Report on sanitation, dispensaries, and jails in Rajputana for 1919, and on vaccination for the year 1919-1920 - 1919-1920
Year: 1919
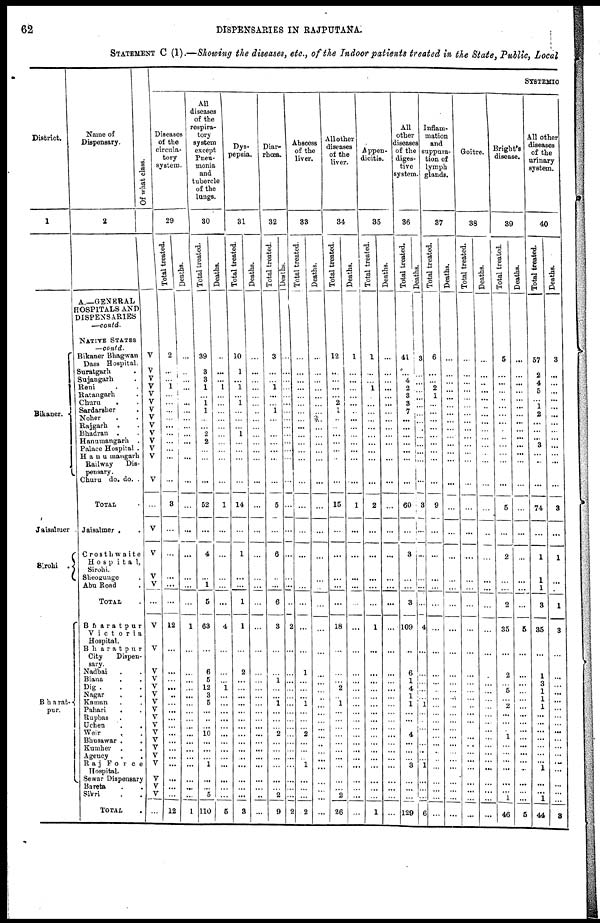
62
DISPENSARIES IN RAJPUTANA.
STATEMENT C (1).—Showing the diseases, etc., of the Indoor patients treated in the State, Public, Local
District.
1
Bikaner.
Jaisalmer
Sirohi .
Bharat¬
pur.
Name of
Dispensary.
2
A—GENERAL
HOSPITALS AND
DISPENSARIES
—contd.
NATIVE STATES
—contd.
Bikaner Bhagwan
Dass Hospital.
Suratgarh .
Sujangarh .
Reni . .
Ratangarh ...
Churu . .
Sardarsher .
Noher . .
Rajgarh . .
Bhadran . .
Hanumangarh .
Palace Hospital .
Hanumangarh
Railway
Dis-
pensary.
Churu do. do. .
TOTAL .
Jaisalmer .
Crosthwaite
Hospital,
Sirohi.
Sheogunge .
Abu Road .
TOTAL .
Bharatpur
Victoria
Hospital.
Bharatpur
City
Dispen-
sary.
Nadbai . .
Biana . .
Dig . .
Nagar . .
Kaman . .
Pahari
. .
Rupbas .
Uchen
.
.
Weir
.
Bhusawar .
Kuniher
Agency
Raj
Force
Hospital.
Sewar Dispensary
Bareta
Sikri . .
TOTAL .
Of what class.
V
V
V
V
V
V
V
V
V
V
V
V
V
V
...
V
V
V
V
...
V
V
V
V
V
V
V
V
V
V
V
V
V
V
V
V
V
V
...
SYSTEMIC
Diseases
of the
circula-
tory
system.
29
Total treated.
2
...
...
1
...
...
...
... ...
...
...
...
...
...
3
...
...
...
...
...
12
...
...
...
...
..
...
...
...
...
...
...
...
...
...
...
...
...
12
Deaths.
...
...
...
...
...
...
...
...
...
...
...
...
...
...
...
...
...
...
...
...
1
...
...
...
...
...
...
...
...
...
...
...
...
...
...
...
...
...
1
All
diseases
of the
respira-
tory
system
except
Pneu-
monia
and
tubercle
of the
lungs.
30
Total treated.
39
3
3
1
...
1
1
... ...
2
2
...
...
...
52
...
4
...
1
5
63
...
6
5
12
3
5
...
...
...
10
...
...
... 1
...
...
5
110
Deaths.
...
...
...
1
...
...
...
...
...
...
...
...
...
...
1
...
...
...
...
...
4
...
...
... 1
...
...
...
...
...
...
...
...
...
...
...
...
...
5
Dys-
pepsia.
31
Total treated.
10
1
...
1
...
1
...
...
...
1
...
...
...
...
14
...
1
...
...
1
1
...
2
...
...
...
...
...
...
...
...
...
...
...
...
...
...
...
3
Deaths.
...
...
...
...
...
...
..
...
...
...
...
...
...
...
...
...
...
...
...
...
...
...
...
...
...
...
...
...
...
...
...
...
...
...
...
...
...
...
Diar-
rhoea.
32
Total treated.
3
...
...
1
...
...
1
...
...
...
...
...
...
...
5
...
6
...
...
6
3
...
...
1
...
...
1
...
...
... 2
...
...
...
...
...
... 2
9
Deaths.
...
...
...
...
...
...
...
...
...
...
...
...
...
...
...
...
...
...
...
...
2
...
...
...
...
...
...
...
...
...
...
...
...
...
...
...
...
...
2
Abscess
of the
liver.
33
Total treated.
...
...
...
...
...
...
...
...
...
...
...
...
...
...
...
...
...
...
...
...
...
...
1
...
...
...
1
...
...
... 2
...
...
1
...
...
...
2
Deaths.
...
...
...
...
...
...
...
...
...
...
...
...
...
...
...
...
...
...
...
...
...
...
...
...
...
...
...
...
...
...
...
...
...
...
...
...
...
...
...
All other
diseases
of the
liver.
34
Total treated.
12
...
...
...
...
2
1
...
...
...
...
...
...
...
15
...
...
...
...
...
18
...
...
... 2
... 1
...
...
...
...
...
...
...
...
...
...
2
26
Deaths.
1
...
...
...
...
...
...
...
...
...
...
...
...
...
1
...
...
...
...
...
...
...
...
...
...
...
...
...
...
...
...
...
...
...
...
...
...
...
...
Appen-
dicitis.
35
Total treated.
1
...
...
1
...
...
...
...
...
... ...
...
...
...
2
...
...
...
...
...
1
...
...
...
...
...
...
...
...
...
...
...
...
...
...
...
...
...
1
Deaths.
...
...
...
...
...
...
...
...
...
...
...
...
...
...
...
...
...
...
...
...
...
...
...
...
...
...
...
...
...
...
...
...
...
...
...
...
...
...
All
other
diseases
of the
diges-
tive
system.
36
Total treated.
41
...
4
2
3
3
7
...
...
...
...
...
...
...
60
...
3
...
...
3
109
...
6
1
4
1
1
...
...
... 4
...
...
... 3
...
...
...
129
Deaths.
3
...
...
...
...
...
...
... ...
...
...
...
...
...
3
...
...
...
...
...
4
...
...
...
...
...
1
...
...
...
...
...
..
... 1
...
...
...
6
Inflam-
mation
and
suppura-
tion of
lymph
glands.
37
Total treated.
6
...
...
2 1
...
...
...
...
...
...
...
...
...
9
...
...
...
...
...
...
...
...
...
...
...
...
...
...
...
...
...
...
...
...
...
...
...
...
Deaths.
...
...
...
...
...
...
...
...
...
...
...
...
...
...
...
...
...
...
...
...
...
...
...
...
...
...
...
...
...
...
...
...
...
...
...
...
...
...
---
Goitre.
38
Total treated.
...
...
...
...
...
...
...
...
...
...
...
...
...
...
...
...
...
...
...
...
...
...
...
...
...
...
...
...
...
...
...
...
...
...
...
...
...
...
...
Deaths.
...
...
...
...
...
...
...
...
...
...
...
...
...
...
...
...
...
...
...
...
...
...
...
...
...
...
...
...
...
...
...
...
...
...
...
...
...
...
...
Bright's
disease.
39
Total treated.
5
...
...
...
...
...
...
...
...
...
...
...
...
...
5
...
2
...
...
2
35
...
2
... 5
... 2
...
...
... 1
...
...
...
...
...
...
1
46
Deaths.
...
...
...
...
...
...
...
...
...
...
...
...
...
...
...
...
...
...
...
...
5
...
...
...
...
...
...
...
...
...
...
...
...
...
...
...
...
...
5
All other
diseases
of the
urinary
system.
40
Total treated.
57
2
4
5
...
1
2
...
...
...
3
...
..
...
74
...
1
1
1
3
35
...
1
3
1
1
1
...
...
...
...
...
...
... 1
...
...
1
44
Deaths.
3
...
...
...
...
...
...
...
...
...
...
...
...
...
3
...
1
...
...
1
3
...
...
...
...
...
...
...
...
...
...
...
...
...
...
...
3